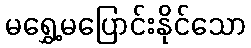
မရွှေ့မပြောင်းနိုင်သော